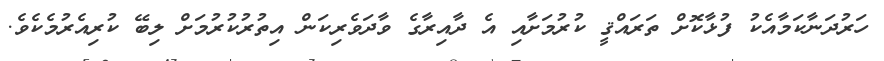
ހަރުދަނާކަމާއެކު ފުޅާކޮށް ތަރައްޤީ ކުރުމަށާއި އެ ދާއިރާގެ ވާދަވެރިކަން އިތުރުކުރުމަށް ލިބޭ ކުރިއެރުމެކެވެ.